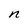
Character: n